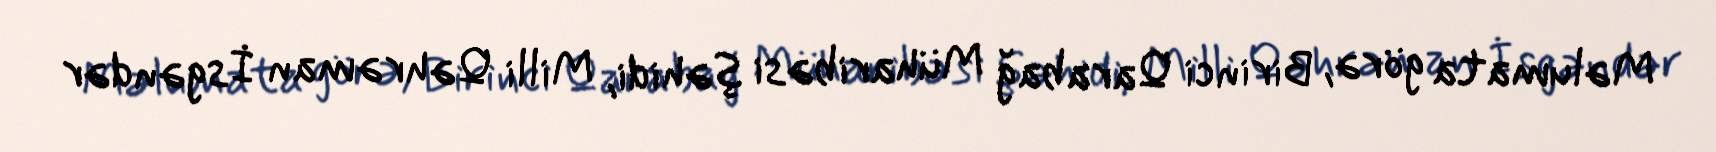
Məlumata görə, Birinci Qarabağ Müharibəsi şəhidi, Milli Qəhrəman İsgəndər